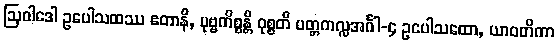
ဩဝါဒေါ ဥပေါသထဿ ဧတာနိ, ပုဗ္ဗကိစ္စန္တိ ဝုစ္စတိ ပတ္တကလ္လအင်္ဂါ-၄ ဥပေါသထော, ယာဝတိကာ